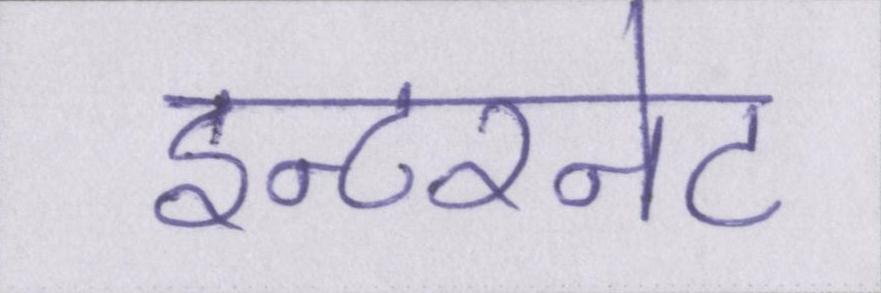
इन्टरनेट